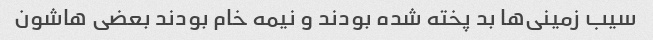
سیب زمینی‌ها بد پخته شده بودند و نیمه خام بودند بعضی هاشون